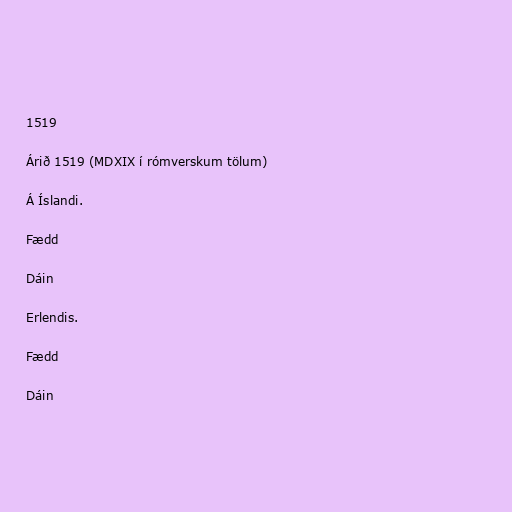
1519

Árið 1519 (MDXIX í rómverskum tölum)

Á Íslandi.

Fædd

Dáin

Erlendis.

Fædd

Dáin